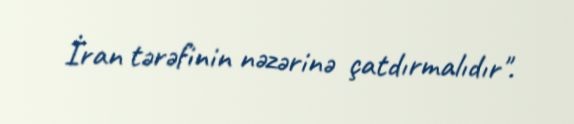
İran tərəfinin nəzərinə çatdırmalıdır".